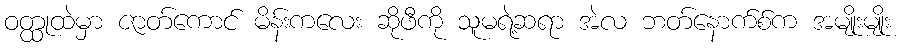
ဝတ္ထုထဲမှာ ဇာတ်ကောင် မိန်းကလေး ဆိုဖီကို သူမရဲ့ဆရာ အဲလ ဘတ်နောက်စ်က အမျိုးမျိုး